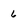
Character: 6